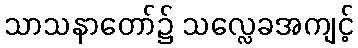
သာသနာတော်၌ သလ္လေခအကျင့်